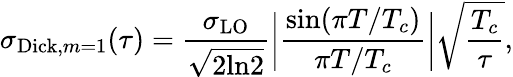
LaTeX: \sigma_{\mathrm{Dick},m=1}(\tau)=\frac{\sigma_{\mathrm{LO}}}{\sqrt{2\mathrm{ln}2}}\bigg|\frac{\mathrm{sin}(\pi T/T_{c})}{\pi T/T_{c}}\bigg|\sqrt{\frac{T_{c}}{\tau}},